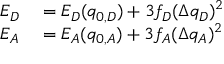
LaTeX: \begin{array} { r l } { E _ { D } } & { { } = E _ { D } ( q _ { 0 , D } ) + 3 f _ { D } ( \Delta q _ { D } ) ^ { 2 } } \\ { E _ { A } } & { { } = E _ { A } ( q _ { 0 , A } ) + 3 f _ { A } ( \Delta q _ { A } ) ^ { 2 } } \end{array}